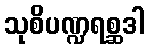
သုစိပဏ္ဍရစ္ဆဒါ